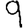
Digit: 9